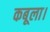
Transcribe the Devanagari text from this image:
कबूला।